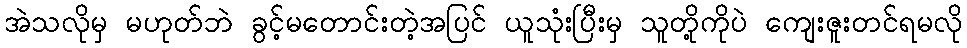
အဲသလိုမှ မဟုတ်ဘဲ ခွင့်မတောင်းတဲ့အပြင် ယူသုံးပြီးမှ သူတို့ကိုပဲ ကျေးဇူးတင်ရမလို